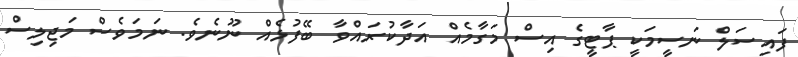
ފައިސަލް ނަސީމަކީ ޕާޓީގެ އިސް މަގާމެއް އަދާކުރައްވާ ބޭފުޅެއް ނޫނެވެ. ނަމަވެސް މަޖިލިސް